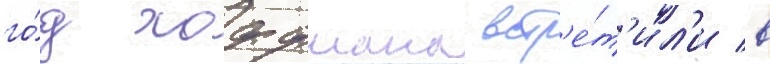
го́д хоффмана встр'е́т'ил'и в